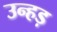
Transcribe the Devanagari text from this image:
उन्हड़